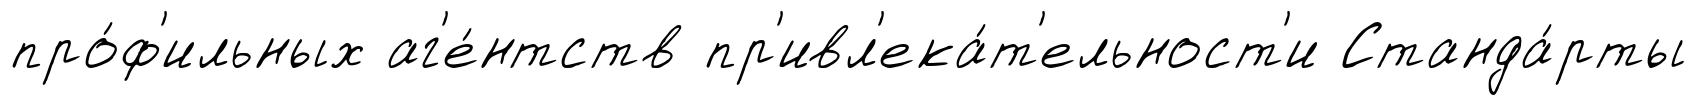
про́ф'ильных аг'е́нтств пр'ивл'ека́т'ельност'и Станда́рты